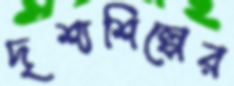
দৃশ্যশিল্পের